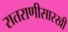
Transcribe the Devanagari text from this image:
रातराणीसारखी